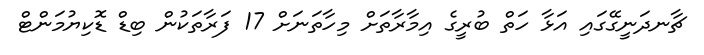
ޗާނދަނީގޭގައި އަޅާ ހަތް ބުރީގެ އިމާރާތަށް މިހާތަނަށް 17 ފަރާތަކުން ބިޑް ޑޮކިޔުމަންޓް